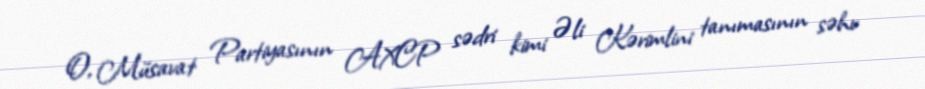
O, Müsavat Partiyasının AXCP sədri kimi Əli Kərimlini tanımasının səhv